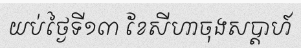
យប់ថ្ងៃទី១៣ ខែសីហាចុងសប្តាហ៍